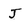
Character: J